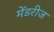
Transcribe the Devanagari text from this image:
मेंडरीज